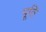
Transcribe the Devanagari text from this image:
पूतिं